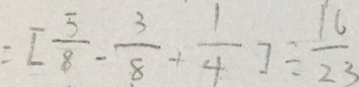
= [ \frac { 5 } { 8 } - \frac { 3 } { 8 } + \frac { 1 } { 4 } ] \div \frac { 1 6 } { 2 3 }